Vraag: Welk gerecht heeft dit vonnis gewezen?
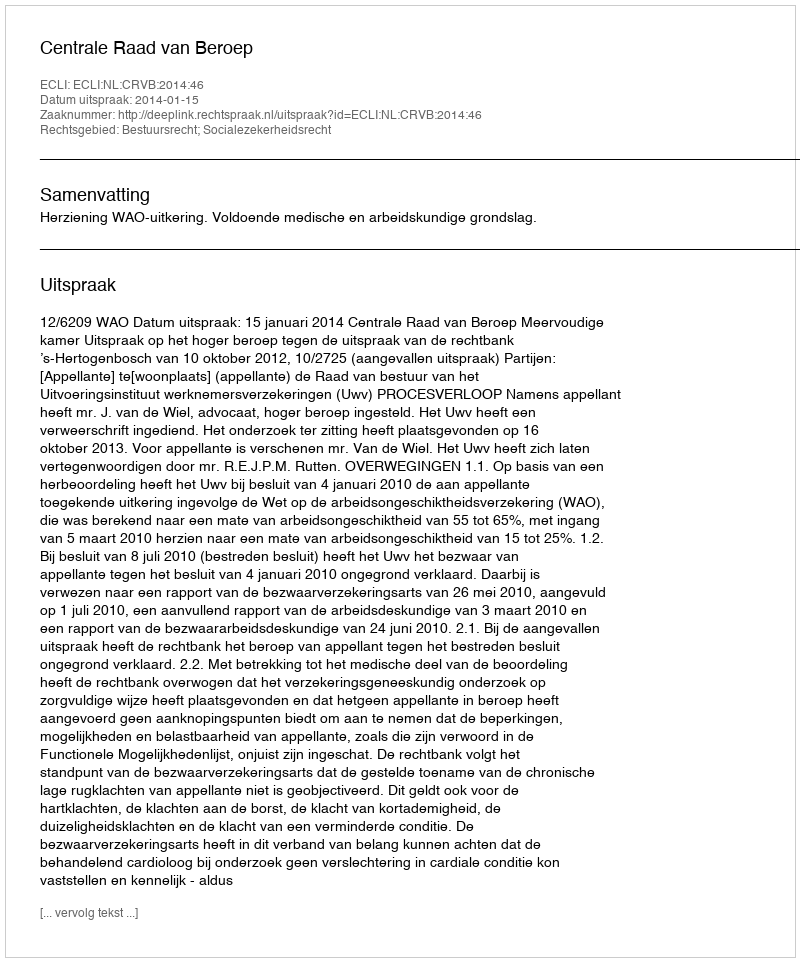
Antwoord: Centrale Raad van Beroep